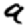
Digit: 9